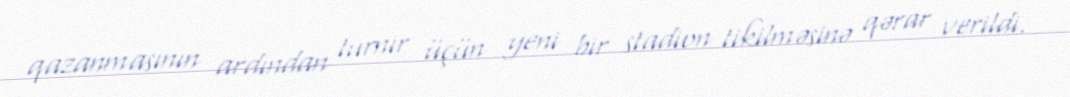
qazanmasının ardından turnir üçün yeni bir stadion tikilməsinə qərar verildi.